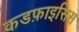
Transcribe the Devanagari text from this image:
कडफ़ाइसिस